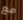
مع